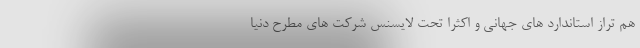
هم تراز استاندارد های جهانی و اکثراً تحت لایسنس شرکت های مطرح دنیا